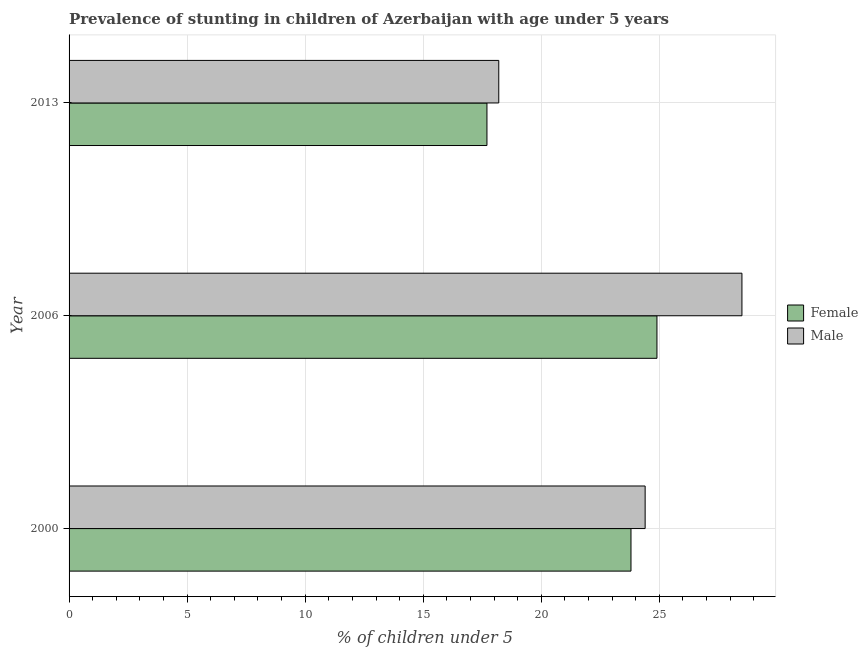
| Year | Female | Male |
 | --- | --- | --- |
 | 2000 | 23.8 | 24.4 |
 | 2006 | 24.9 | 28.5 |
 | 2013 | 17.7 | 18.2 |